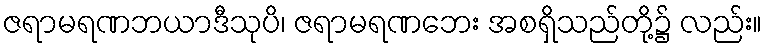
ဇရာမရဏဘယာဒီသုပိ၊ ဇရာမရဏဘေး အစရှိသည်တို့၌ လည်း။